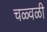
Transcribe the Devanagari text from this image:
चळ्वळी